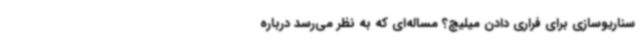
سناریوسازی برای فراری دادن میلیچ؟ مساله‌ای که به نظر می‌رسد درباره